Source: Handwritten
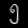
Digit: ၅ (5)